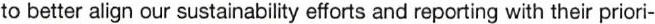
to better align our sustainability efforts and reporting with their priori-